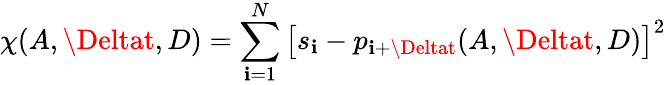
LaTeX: \chi(A,\Deltat,D)=\sum_{\mathbf{i}=1}^{N}\left[s_{\mathbf{i}}-p_{\mathbf{i}+\Deltat}(A,\Deltat,D)\right]^{2}